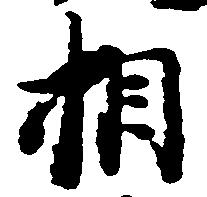
相